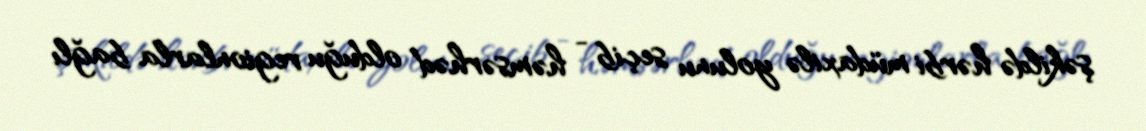
şəkildə hərbi müdaxilə yolunu seçib - həmsərhəd olduğu regionlarla bağlı